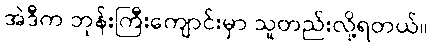
အဲဒီက ဘုန်းကြီးကျောင်းမှာ သူတည်းလို့ရတယ်။